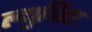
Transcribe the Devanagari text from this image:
ल्युविस